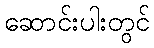
ဆောင်းပါးတွင်